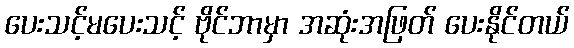
ပေးသင့်မပေးသင့် ဗိုင်ဘာမှာ အဆုံးအဖြတ် ပေးနိုင်တယ်